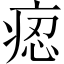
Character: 𤶝